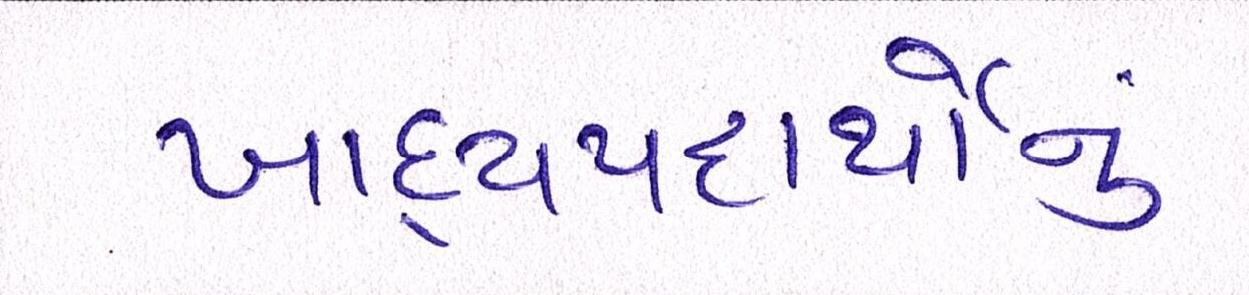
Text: ખાદ્યપદાર્થોનું